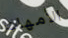
الأمهات